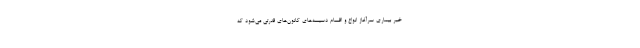
خبر بیماری سرآغاز انواع و اقسام دسیسه‌های کانون‌های قدرتی می‌شود که